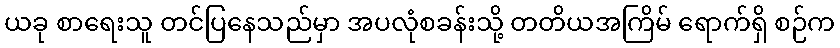
ယခု စာရေးသူ တင်ပြနေသည်မှာ အပလုံစခန်းသို့ တတိယအကြိမ် ရောက်ရှိ စဉ်က